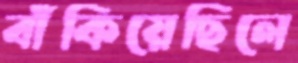
বাঁকিয়েছিলে